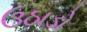
ઉઠાડો